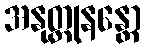
အနုတ္ထုနန္တော